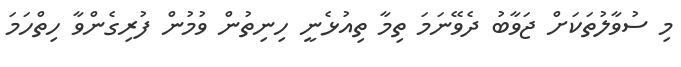
މި ސުވާލުތަކަށް ޖަވާބު ދެވޭނަމަ ތިމާ ތިއުޅެނީ ހިނިތުން ވުމުން ފުރިގެންވާ ހިތްހަމަ